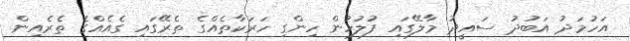
އަހުމަދު އަބުދު ސައީދު މާލޭގައި ފުލުހުން ހިންގި ހަރަކާތެއްގެ ތެރޭގައި ގެއެއްގެ ތެރެއިން